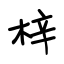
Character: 梓